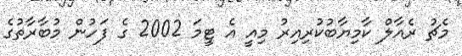
މެޗު ރެއާލް ކާމިޔާބުކުރިއިރު މިއީ އެ ޓީމަ 2002 ގެ ފަހުން މުބާރާތުގެ